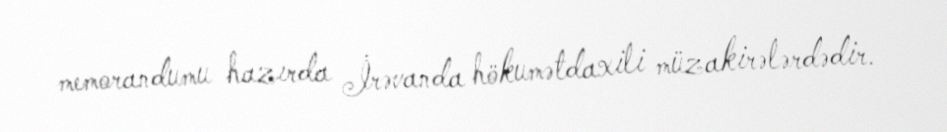
memorandumu hazırda İrəvanda hökumətdaxili müzakirələrdədir.